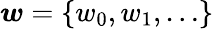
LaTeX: \boldsymbol{w}=\{ w_{0},w_{1},\ldots\}